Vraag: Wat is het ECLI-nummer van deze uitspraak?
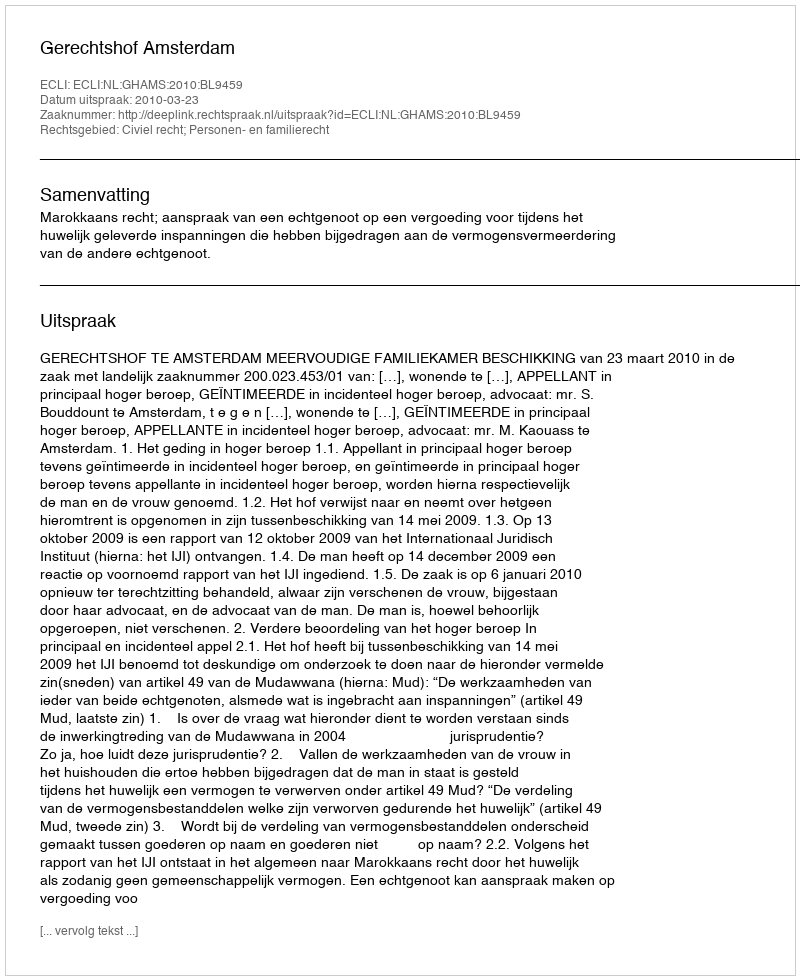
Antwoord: ECLI:NL:GHAMS:2010:BL9459